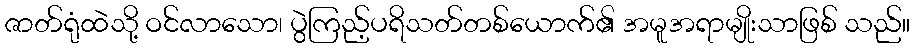
ဇာတ်ရုံထဲသို့ ဝင်လာသော၊ ပွဲကြည့်ပရိသတ်တစ်ယောက်၏ အမူအရာမျိုးသာဖြစ် သည်။